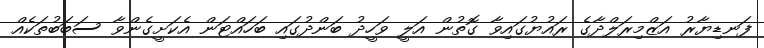
ފަނޑިޔާރު އަޒްމިރަލްދާގެ ރައުޔުގައިވާ ގޮތުން އަލީ ވަހީދު ބަންދުގައި ބަހައްޓަން އެކަށީގެންވާ ސަބަބުތަކެއް